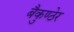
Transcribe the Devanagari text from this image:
बैकुण्ठेर